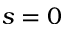
s = 0